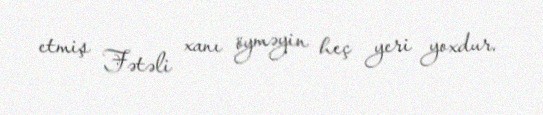
etmiş Fətəli xanı öyməyin heç yeri yoxdur.